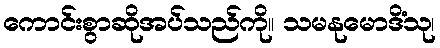
ကောင်းစွာဆိုအပ်သည်ကို။ သမနုမောဒိံသု၊